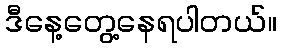
ဒီနေ့တွေ့နေရပါတယ်။